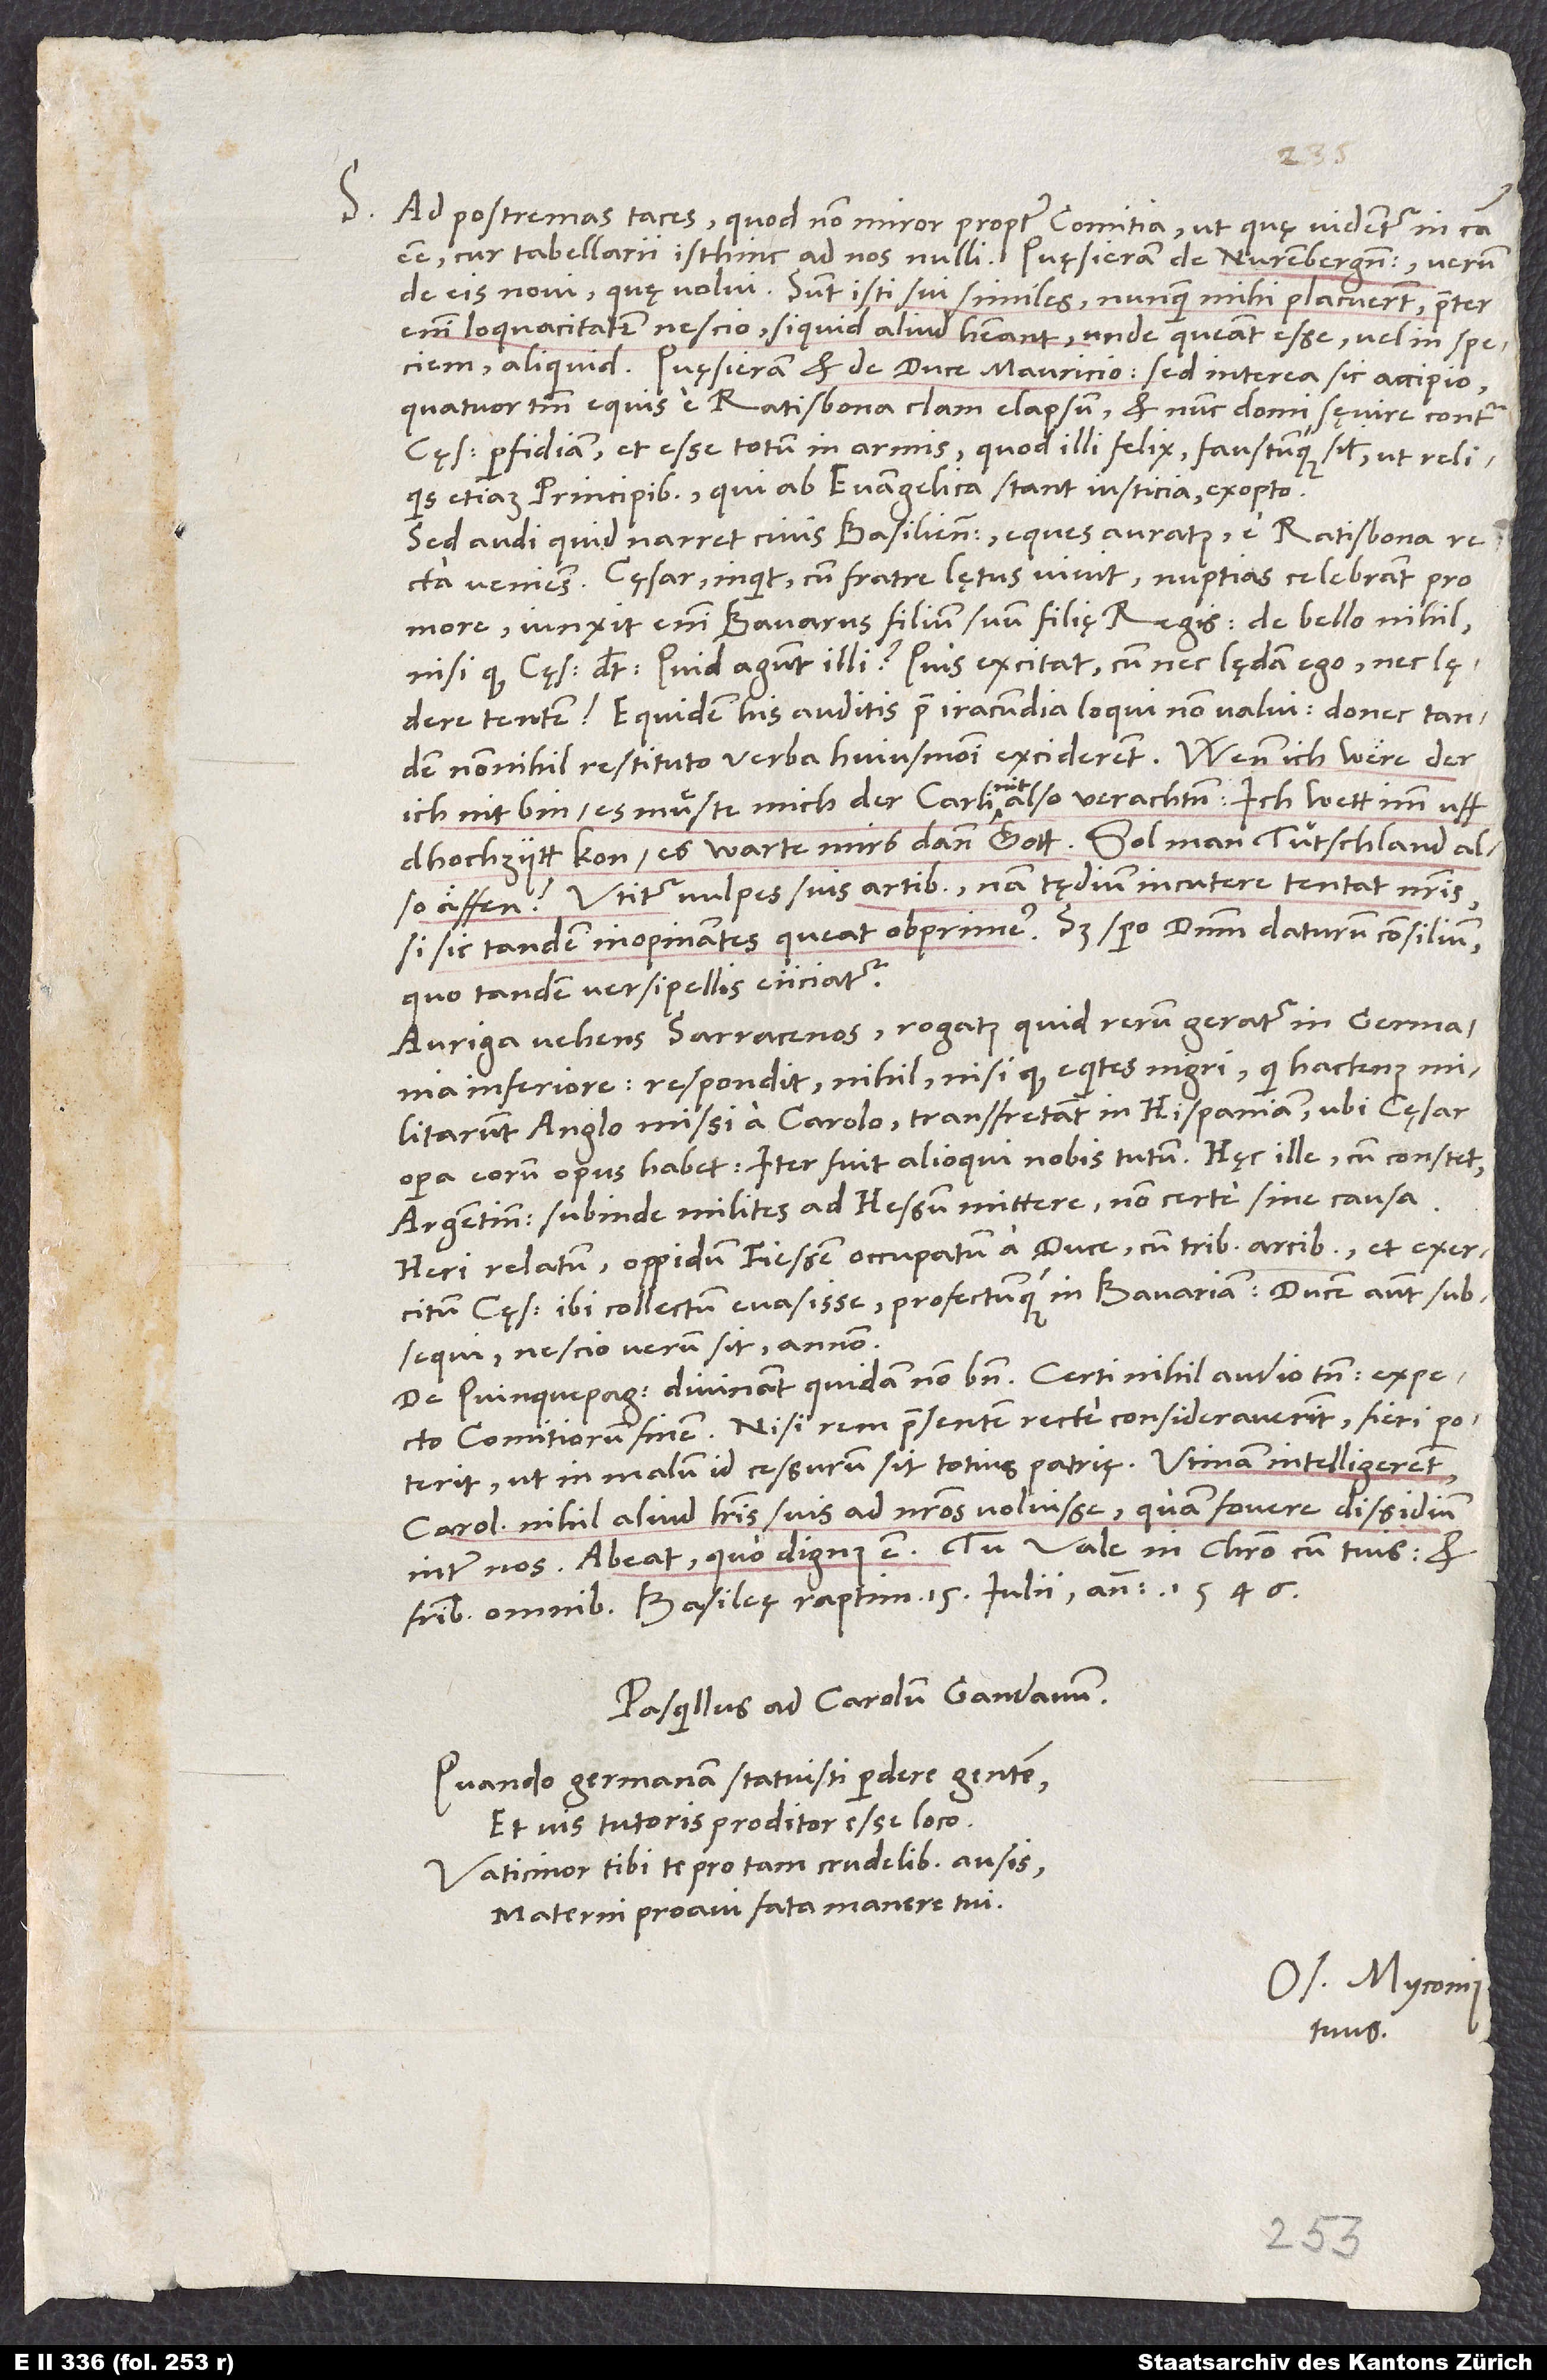
S.

Ad postremas taces; quod non miror propter comitia, ut quę videntur in causa
de eis novi, quę nolui. Sunt isti sui similes. Nunquam mihi placuerunt. Praeter
enim loquacitatem nescio, si quid aliud habeant, unde queant esse vel in speciem
Quatuor tantum equis e Ratisbona clam elapsum et nunc domi sęvire contra
cęsaris perfidiam et esse totum in armis; quod illi felix faustumque sit ut reliquis
etiam principibus, qui ab evangelica stant iustitia, exopto.
Sed audi, quid narret civis Basiliensis, eques auratus, e Ratisbona recta
veniens. Cęsar, inquit, cum fratre lętus vivit. Nuptias celebrant pro
more. Iunxit enim Bavarus filium suum filię regis. De bello nihil,
nisi quod cęsar dicit: „Quid agunt illi? Quis excitat, cum nec lędam ego, nec lędere
tentem?“ Equidem his auditis prae iracundia loqui non valui, donec tandem
nonnihil restituto verba huiusmodi exciderent: „Wenn ich were, der
ich nit bin, es muͤste mich der Carli nit also verachten. Ich wett imm uff
d’hochzytt kon, es warte mirs dann gott. Sol man Tuͤtschland also
äffen?“ Utitur vulpes suis artibus. Nam tędium incutere tentat nostris,
si sic tandem inopinantes queat obprimere. Sed spero dominum daturum consilium,
quo tandem versipellis eiiciatur.
Auriga vehens sarracenos rogatus, quid rerum geratur in Germania
Inferiore respondit: „Nihil, nisi quod equites nigri, qui hactenus
militarunt Anglo missi a Carolo, transfretant in Hispaniam, ubi cęsare
opera eorum opus habet. Iter fuit alioqui nobis tutum.“ Hęc ille, cum constet
Argentinenses subinde milites ad Hessum mittere, non certe sine causa.
Heri relatum oppidum Fiessen occupatum a duce cum tribus arcibus. Et exercitum
cęsaris ibi collectum evasisse profectumque in Bavariam, ducem autem subsequi.
Nescio, verum sit annon.
De Quinquepagicis divinant quidam non bene. Certi nihil audio tamen. Expecto
comitiorum finem. Nisi rem praesentem recte consideraverint, fieri poterit,
ut in malum id cessurum sit totius patrię. Utinam intelligerent
Carolum nihil aliud literis suis ad nostros voluisse quam fovere dissidium
fratribus omnibus. Basileę raptim, 15. iulii anno 1546.
Pasquillus ad Carolum Gandavum
Quando Germanam statuisti perdere gentem
Et vis tutoris proditor esse loco,
Vaticinor tibi te pro tam crudelibus ausis
Materni proavi fata manere tui.
Os. Myconius
tuus.